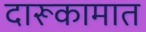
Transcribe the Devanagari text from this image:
दारूकामात